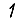
Digit: 1